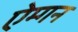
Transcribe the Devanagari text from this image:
ऐम्गन